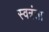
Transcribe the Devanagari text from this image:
स्वत्रंता